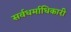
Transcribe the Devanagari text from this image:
सर्वधर्माधिकारी